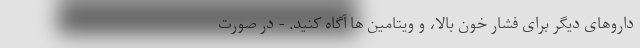
داروهای دیگر برای فشار خون بالا، و ویتامین ها آگاه کنید. - در صورت